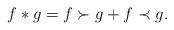
LaTeX: \begin{align*}f * g = f \succ g + f \prec g. \end{align*}